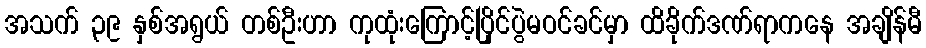
အသက် ၃၉ နှစ်အရွယ် တစ်ဦးဟာ ကုထုံးကြောင့်ပြိုင်ပွဲမဝင်ခင်မှာ ထိခိုက်ဒဏ်ရာကနေ အချိန်မီ